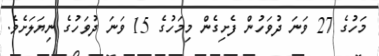
މަހުގެ 27 ވަނަ ދުވަހުން ފެށިގެން މިމަހުގެ 15 ވަނަ ދުވަހުގެ ނިޔަލަށެވެ.